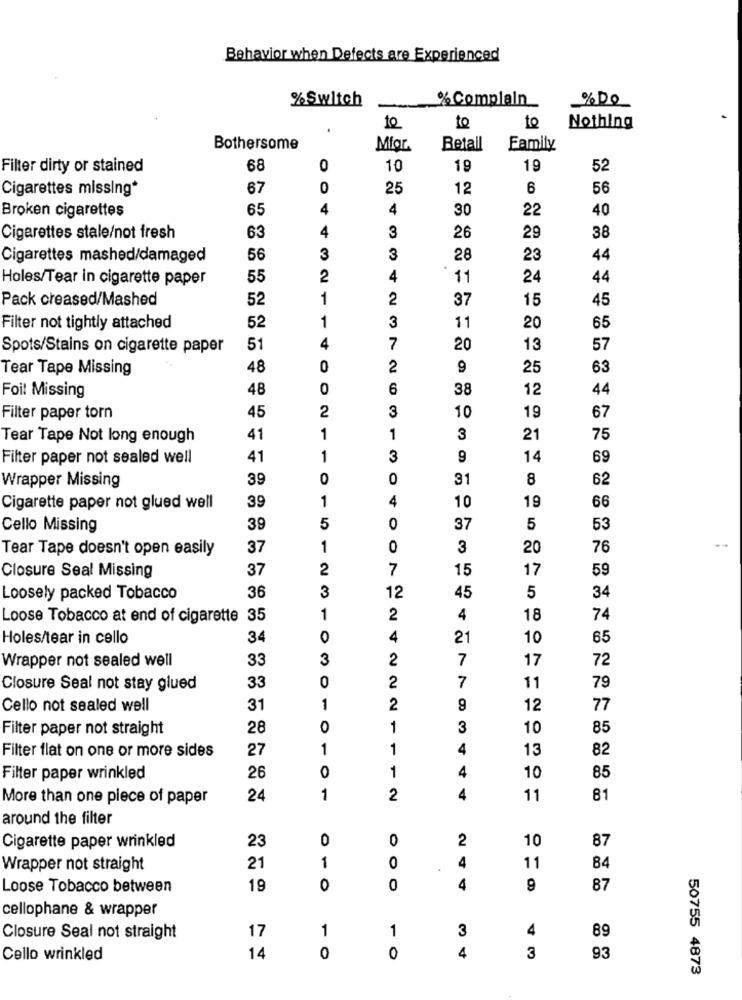
Behavior when Defects are Experienced
%Switch
%Complain
%Do
10
to
to
Nothing
Bothersome
Mfor.
Betall
Family
Filter dirty or stained
68
0
10
19
19
52
Cigarettes missing*
67
0
25
12
6
56
Broken cigarettes
65
4
4
30
22
40
4
Cigarettes stale/not fresh
63
3
26
29
38
Cigarettes mashed/damaged
56
3
3
28
23
44
Holes/Tear in cigarette paper
55
2
4
11
24
44
Pack creased/Mashed
52
1
2
37
15
45
1
3
Filter not tightly attached
52
11
20
65
Spots/Stains on cigarette paper
51
4
7
20
13
57
Tear Tape Missing
48
0
2
9
25
63
Foil Missing
48
0
6
38
12
44
45
2
3
10
19
Filter paper torn
67
Tear Tape Not long enough
41
1
1
3
21
75
Filter paper not sealed well
41
1
3
9
14
69
Wrapper Missing
39
0
0
31
8
62
39
1
4
10
19
66
Cigarette paper not glued well
Cello Missing
39
5
0
37
5
53
Tear Tape doesn't open easily
37
1
0
3
20
76
Closure Seal Missing
37
2
7
15
17
59
36
3
12
45
Loosely packed Tobacco
5
34
Loose Tobacco at end of cigarette 35
1
2
4
18
74
Holes/tear in cello
34
0
4
21
10
65
Wrapper not sealed well
33
3
2
7
17
72
33
0
79
Closure Seal not stay glued
2
7
11
Cello not sealed well
31
1
2
9
12
77
Filter paper not straight
28
0
1
3
10
85
27
1
1
4
13
82
Filter flat on one or more sides
0
1
4
10
Filter paper wrinkled
26
85
More than one piece of paper
24
1
2
4
11
81
around the filter
23
O
0
2
10
Cigarette paper wrinkled
87
1
4
Wrapper not straight
21
0
.
11
84
Loose Tobacco between
19
0
0
4
9
87
cellophane & wrapper
17
1
1
3
4
Closure Seal not straight
89
Cello wrinkled
14
0
0
4
3
93
50755 4873